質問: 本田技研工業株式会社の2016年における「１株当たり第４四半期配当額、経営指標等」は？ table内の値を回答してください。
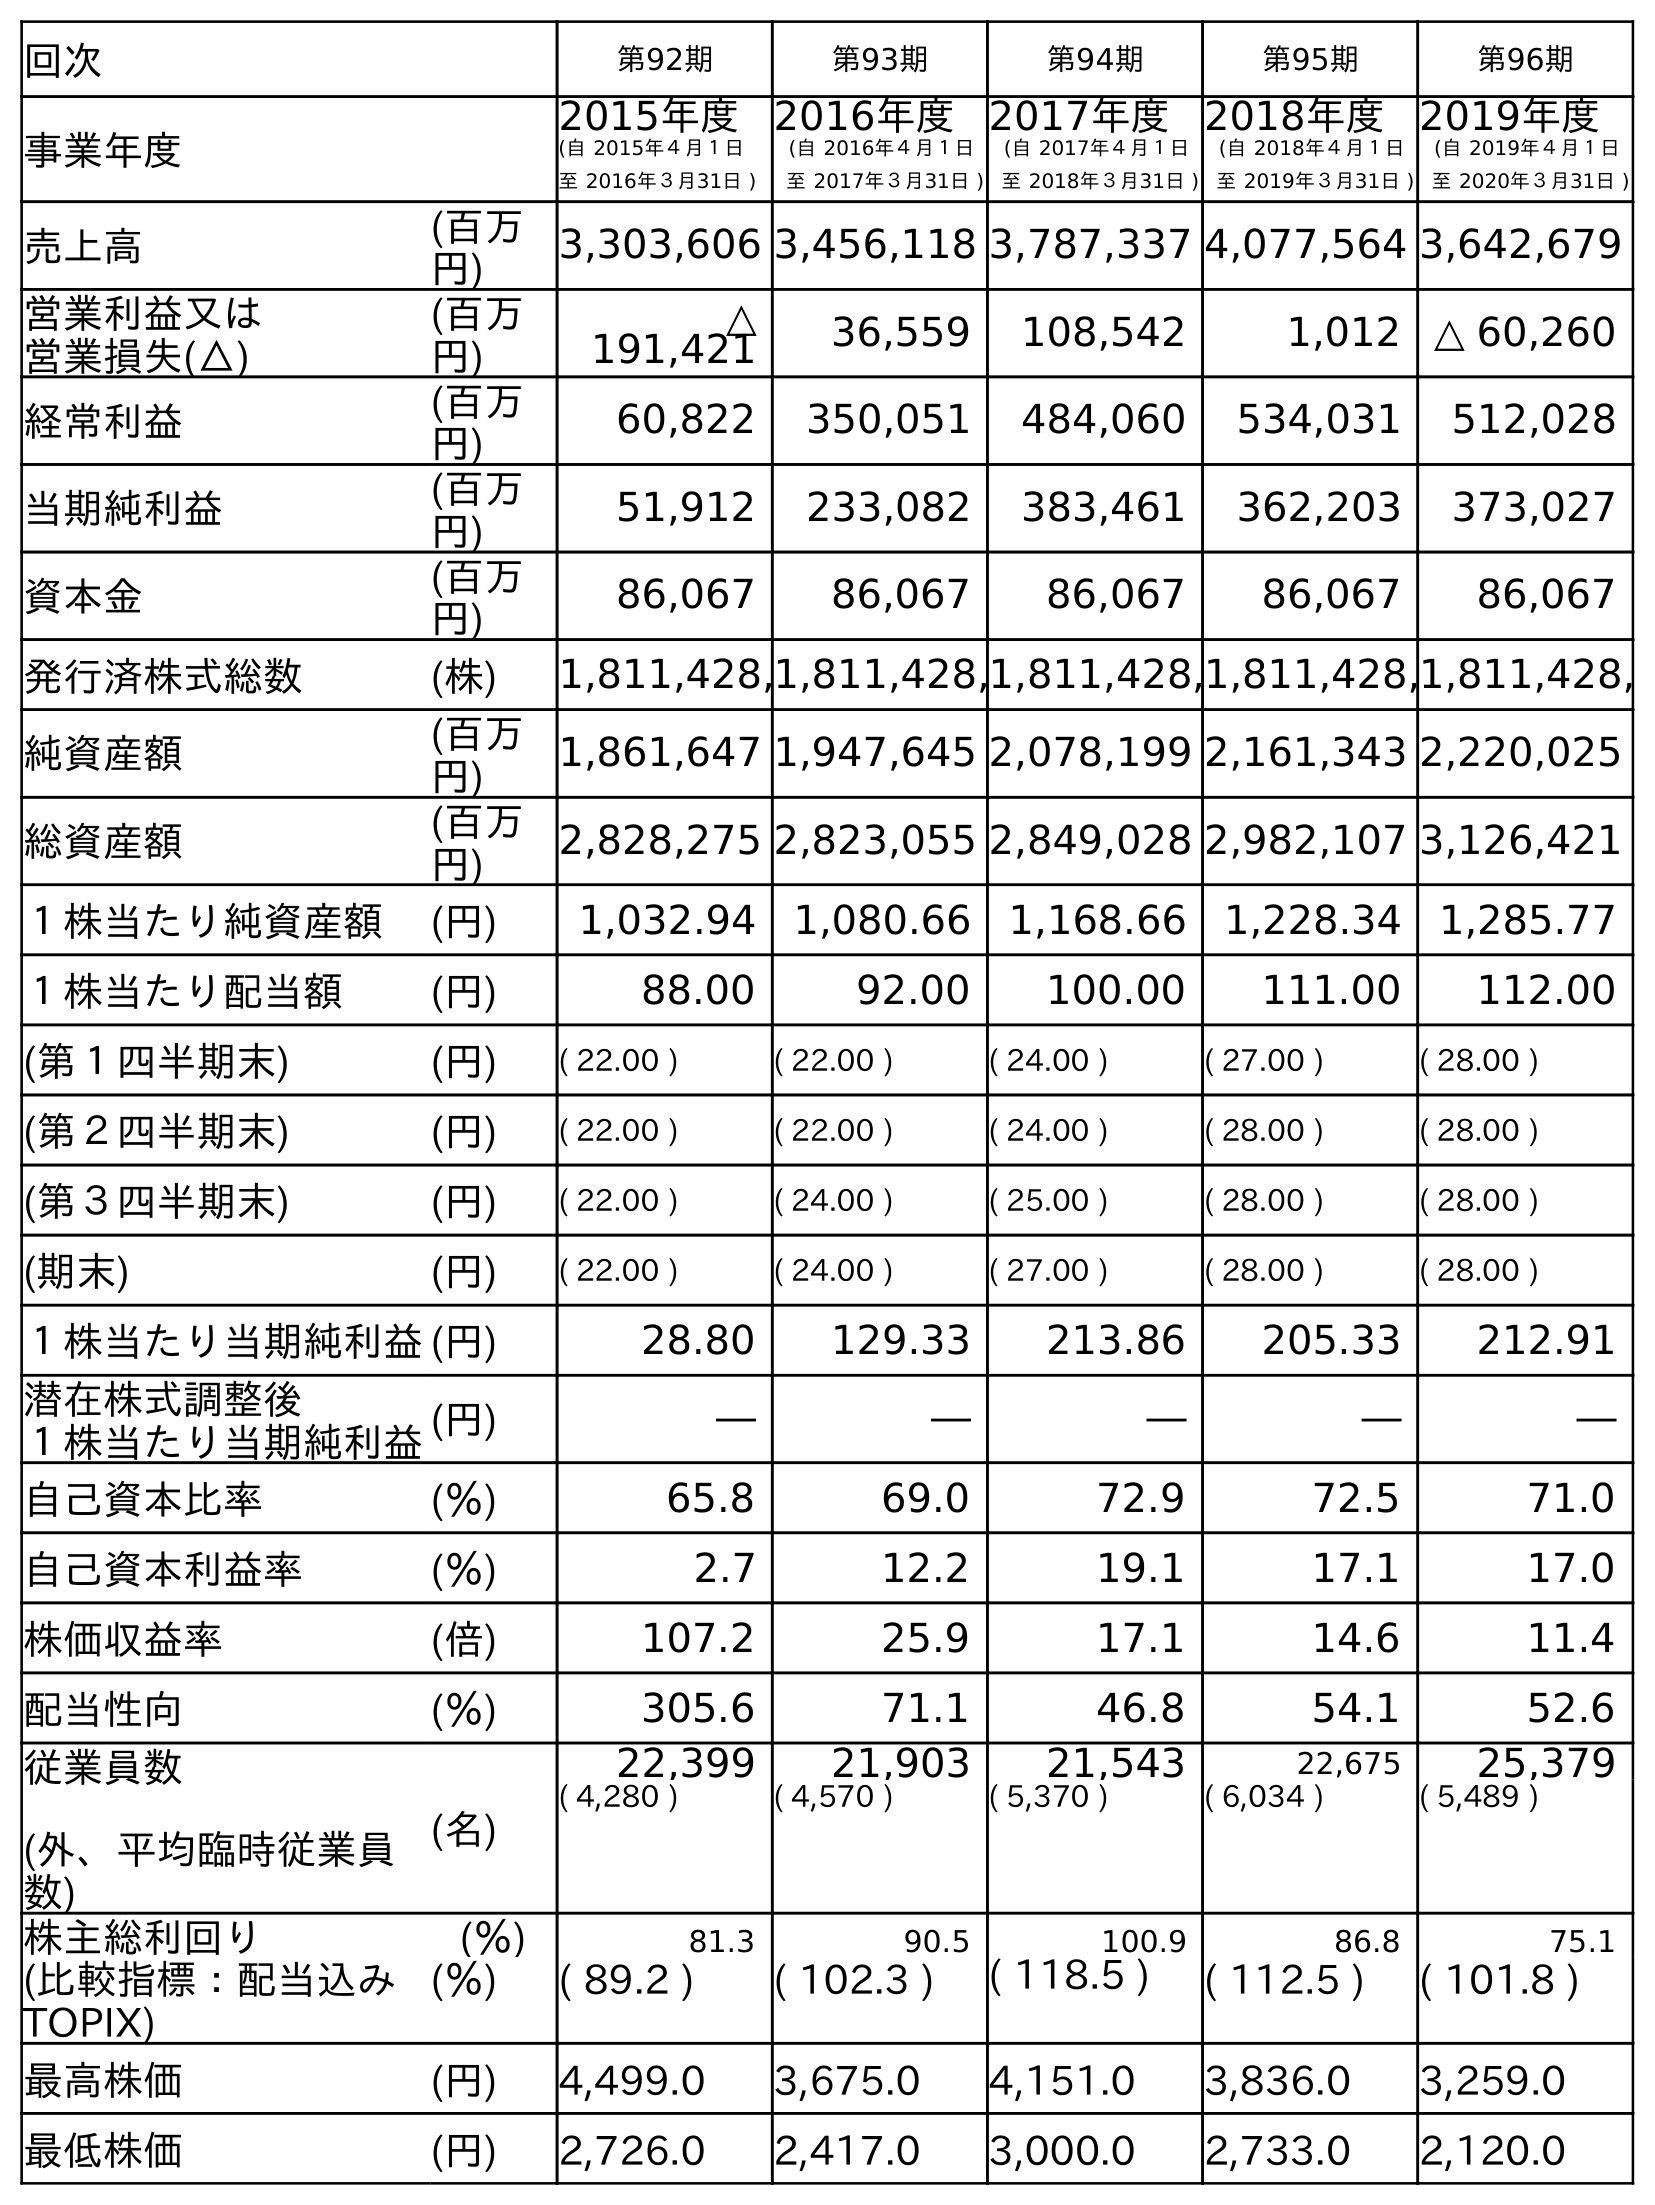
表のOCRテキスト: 回次 第92期 第93期 第94期 第95期 第96期 事業年度 2015年度 (自 2015年４月１日 至 2016年３月31日 ) 2016年度 (自 2016年４月１日 至 2017年３月31日 ) 2017年度 (自 2017年４月１日 至 2018年３月31日 ) 2018年度 (自 2018年４月１日 至 2019年３月31日 ) 2019年度 (自 2019年４月１日 至 2020年３月31日 ) 売上高 (百万 円) 3,303,606 3,456,118 3,787,337 4,077,564 3,642,679 営業利益又は 営業損失(△) (百万 円) △ 191,421 36,559 108,542 1,012 △ 60,260 経常利益 (百万 円) 60,822 350,051 484,060 534,031 512,028 当期純利益 (百万 円) 51,912 233,082 383,461 362,203 373,027 資本金 (百万 円) 86,067 86,067 86,067 86,067 86,067 発行済株式総数 (株) 1,811,428,1,811,428,1,811,428,1,811,428,1,811,428, 純資産額 (百万 円) 1,861,647 1,947,645 2,078,199 2,161,343 2,220,025 総資産額 (百万 円) 2,828,275 2,823,055 2,849,028 2,982,107 3,126,421 １株当たり純資産額 (円) 1,032.94 1,080.66 1,168.66 1,228.34 1,285.77 １株当たり配当額 (円) 88.00 92.00 100.00 111.00 112.00 (第１四半期末) (円) ( 22.00 ) ( 22.00 ) ( 24.00 ) ( 27.00 ) ( 28.00 ) (第２四半期末) (円) ( 22.00 ) ( 22.00 ) ( 24.00 ) ( 28.00 ) ( 28.00 ) (第３四半期末) (円) ( 22.00 ) ( 24.00 ) ( 25.00 ) ( 28.00 ) ( 28.00 ) (期末) (円) ( 22.00 ) ( 24.00 ) ( 27.00 ) ( 28.00 ) ( 28.00 ) １株当たり当期純利益(円) 28.80 129.33 213.86 205.33 212.91 潜在株式調整後 １株当たり当期純利益(円) ― ― ― ― ― 自己資本比率 (％) 65.8 69.0 72.9 72.5 71.0 自己資本利益率 (％) 2.7 12.2 19.1 17.1 17.0 株価収益率 (倍) 107.2 25.9 17.1 14.6 11.4 配当性向 (％) 305.6 71.1 46.8 54.1 52.6 従業員数 (外、平均臨時従業員 数) (名) 22,399 21,903 21,543 22,675 25,379 ( 4,280 ) ( 4,570 ) ( 5,370 ) ( 6,034 ) ( 5,489 ) 株主総利回り (％) 81.3 90.5 100.9 86.8 75.1 (比較指標：配当込み TOPIX) (％) ( 89.2 ) ( 102.3 ) ( 118.5 ) ( 112.5 ) ( 101.8 ) 最高株価 (円) 4,499.0 3,675.0 4,151.0 3,836.0 3,259.0 最低株価 (円) 2,726.0 2,417.0 3,000.0 2,733.0 2,120.0
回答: (22.00)